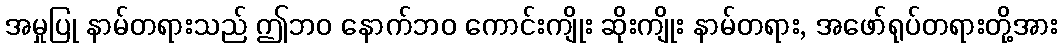
အမှုပြု နာမ်တရားသည် ဤဘဝ နောက်ဘဝ ကောင်းကျိုး ဆိုးကျိုး နာမ်တရား, အဖော်ရုပ်တရားတို့အား